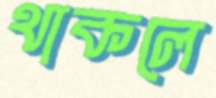
থাকলে